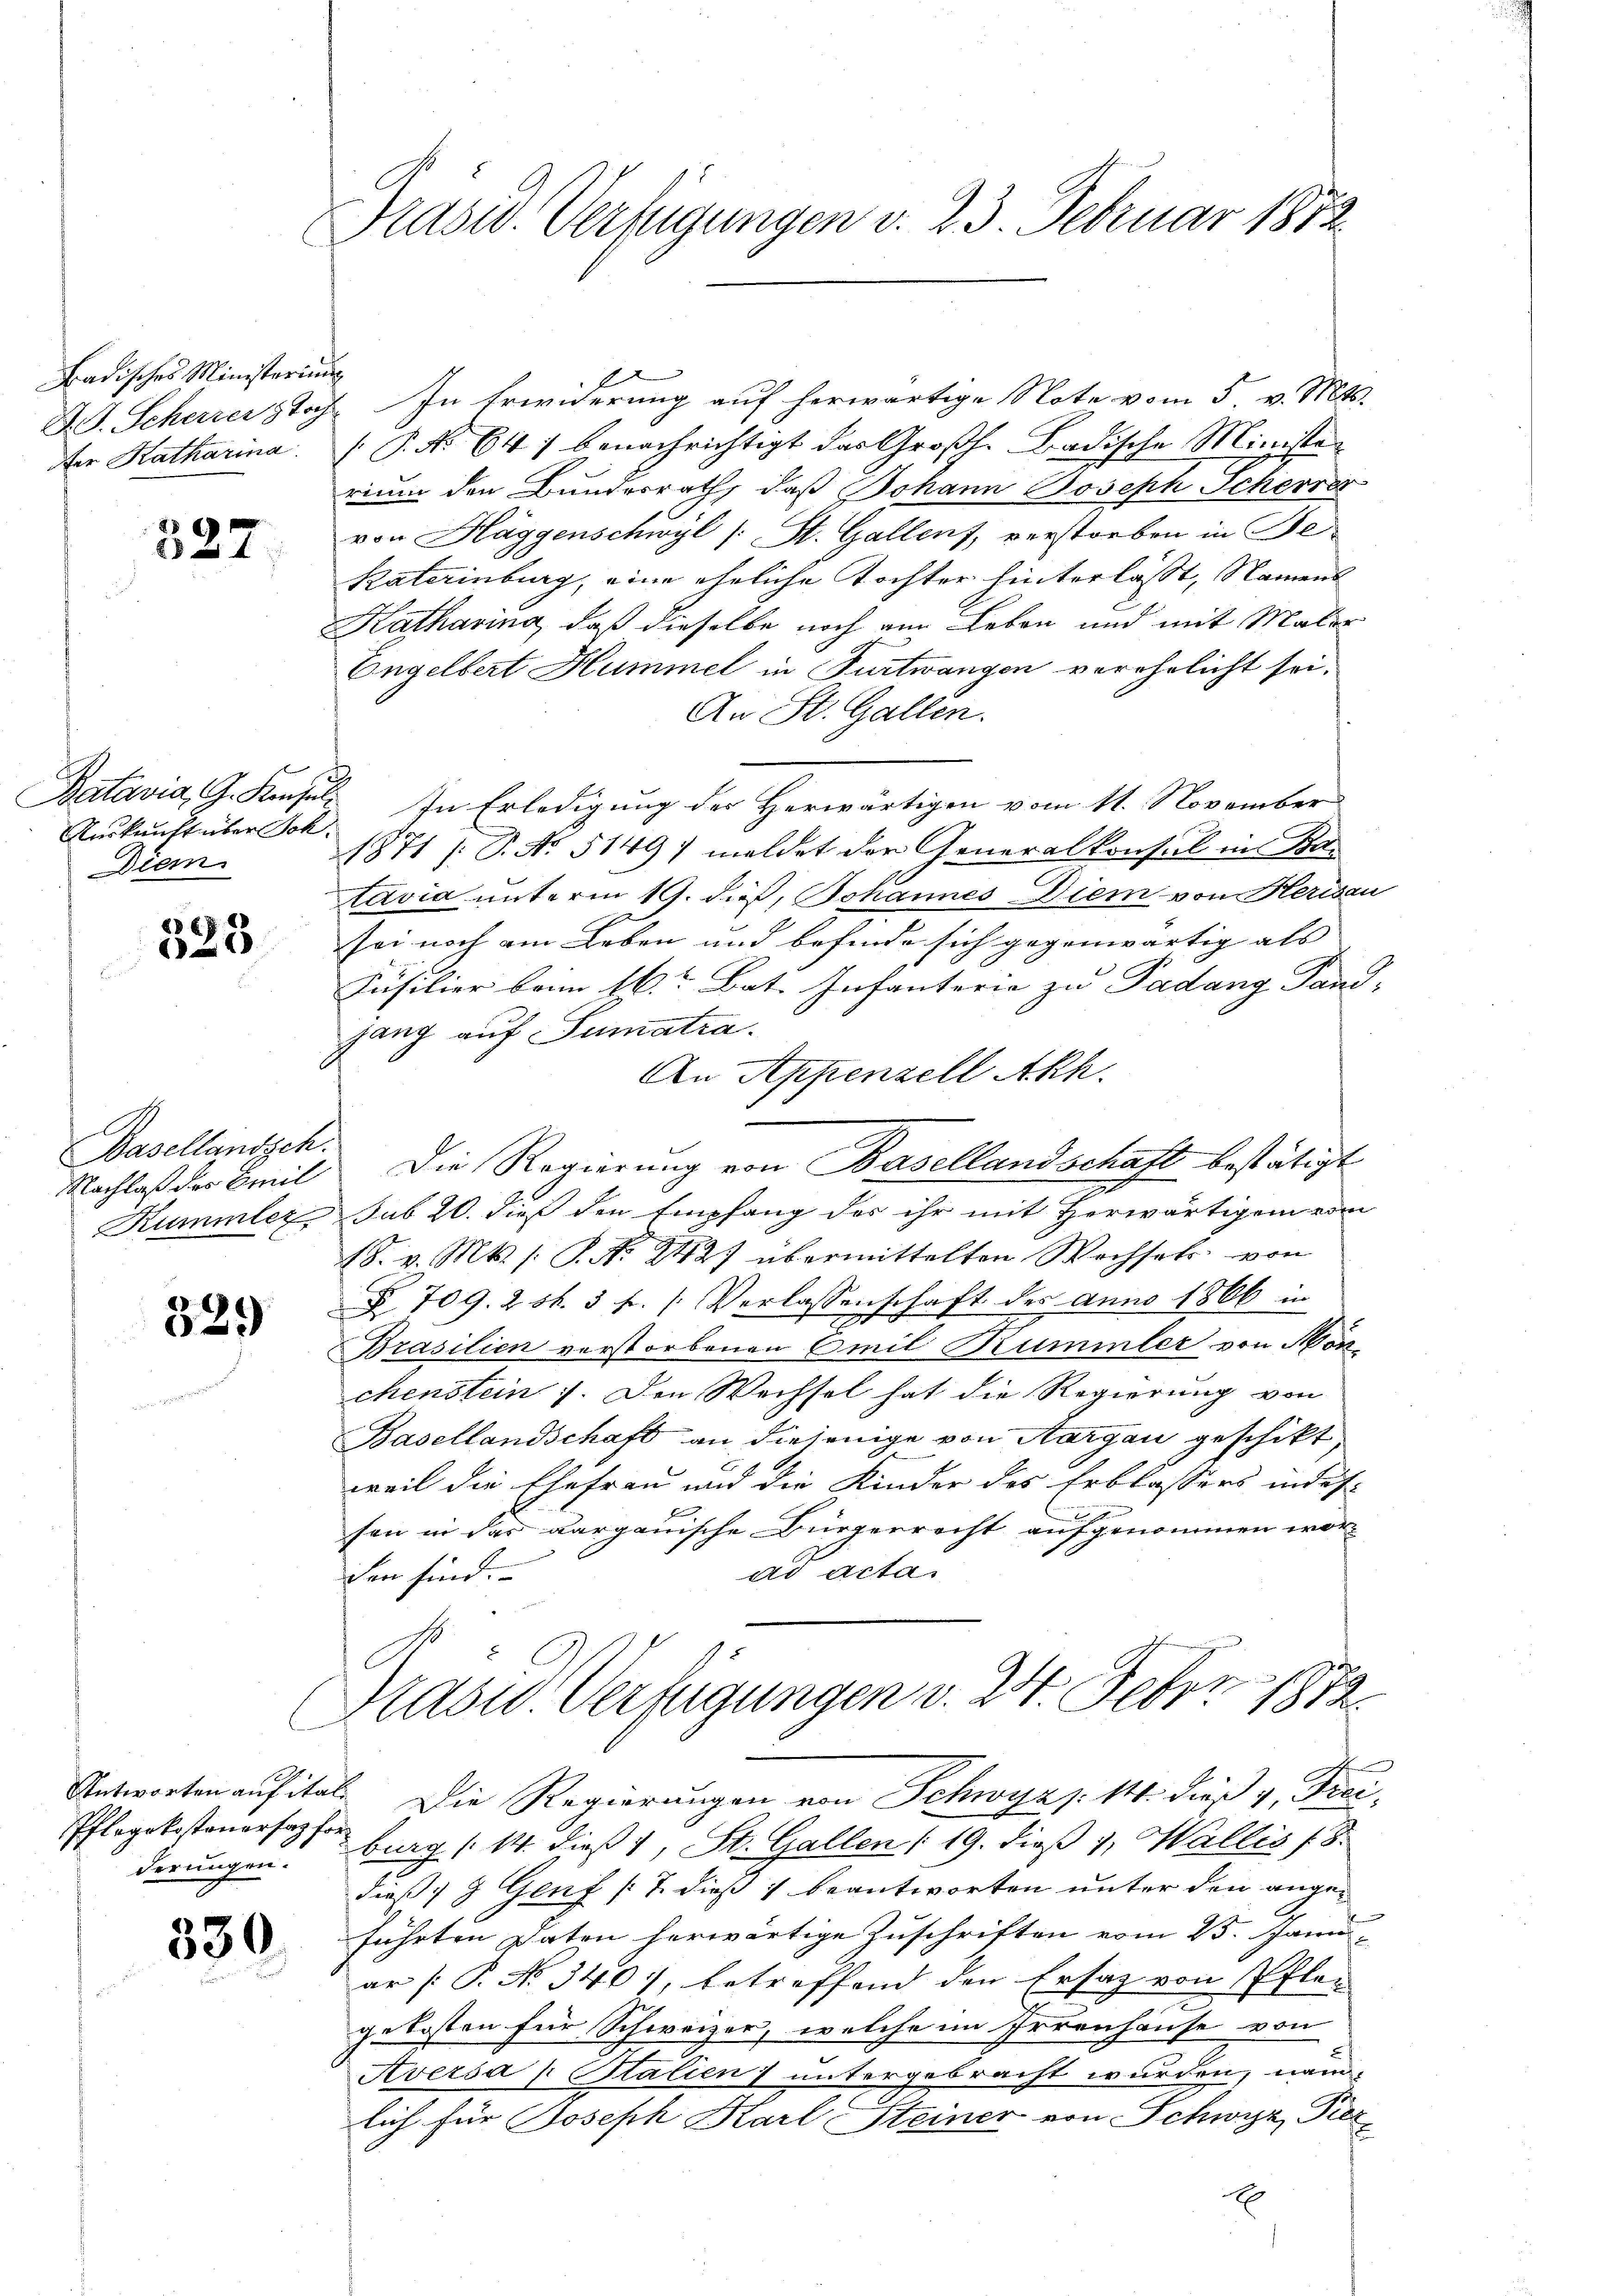
Badisches Ministerium
der Katharina.

g

Auskunft über Joh.
Diem

267
25

Basellandsch
Rümmler

329)

Pflegekosteuersatzforderungen.

330

Präsid. Verfügungen d. 23. Februar 1872

1
Act. Scherzer toch. In Erwiderung auf herwärtige Note vom 5. v. Mts.
(P. No 64) benachrichtigt das Großh. Badische Ministen
rium den Bundesrath, daß Johann Joseph Scherer
von Häggenschwyl (: St. Gallen, verstorben in Be¬
Raterinburg, eine eheliche Tochter hinterlässt, Namens
Katharing, daß dieselbe noch von Leben und mit Maler
Engelbert Hummel in Furtwangen verehelicht sei.
An St. Gallen.
Batavia, G. Konsul In Erledigung der Herwärtigen vom 11. November
1871 (S. No. 5149) meldet der Generalkonsul in Pa-
tavia unterm 19. dieß, Johannes Diem von Herisau
sei noch am Leben und befinde sich gegenwärtig als |
Füsilier beim 16. Bat. Infanterie zu Padung Pand-
gang auf Sumatra.
An Appenzell Akh.
Nachlaß der Breit Die Regierung von Basellandschaft bestätigt
.
sub 20. dieß den Empfang des ihr mit Herwärtigen vom
18. v. Mt. /: P. No. 2427 übermittelten Wechsels von
§ 709. 2 sk. 3 f. (Verlassenschaft des anno 1866 in
x
Brasilien verstorbenen Emil Rummler von Hön
chenstein. Den Wechsel hat die Regierung von
Basellandschaft an diejenige von Aargau geschikt,
weil die Ehefrau und die Kinder des Erblassers indes-
J
sen in das aargauische Bürgerrecht aufgenommen worad acta
den sind.
Präsid. Verfügungen v. 24. Feber 1872
Antworten auf ital. Die Regierungen von Schwyz s: 14. der 4. Frei
burg (14. dieß 1, St. Gallen (19. dieß 1, Wallis 18.
dieß 1 9 Genf (7 dieß & beantworten unter den angeführten Daten herwärtige Zuschriften vom 25. Janu
ar (: P. No. 340), betreffend den Ersatz von Pflegekosten für Schweizer, welche im Irrenhause von
Aversa u Stalien untergebracht wurden, näm-
lich für Joseph Karl Steiner von Schwyz, Per
x